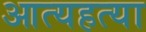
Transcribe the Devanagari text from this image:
आत्यहत्या